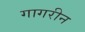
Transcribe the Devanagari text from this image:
गागरीन